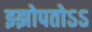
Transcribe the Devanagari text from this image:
झ्झोपतोऽऽ